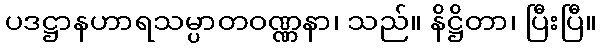
ပဒဋ္ဌာနဟာရသမ္ပာတဝဏ္ဏနာ၊ သည်။ နိဋ္ဌိတာ၊ ပြီးပြီ။